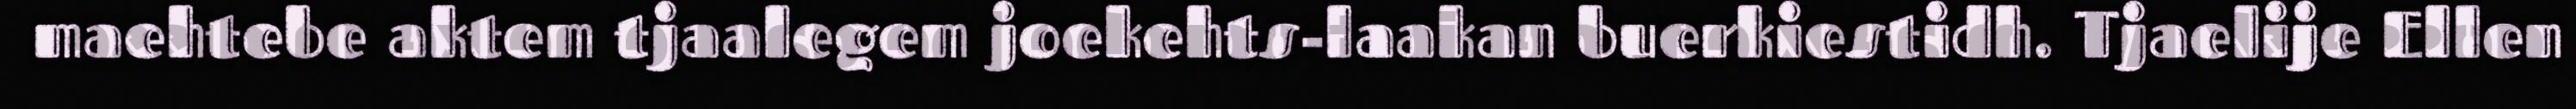
maehtebe aktem tjaalegem joekehts-laakan buerkiestidh. Tjaelije Ellen